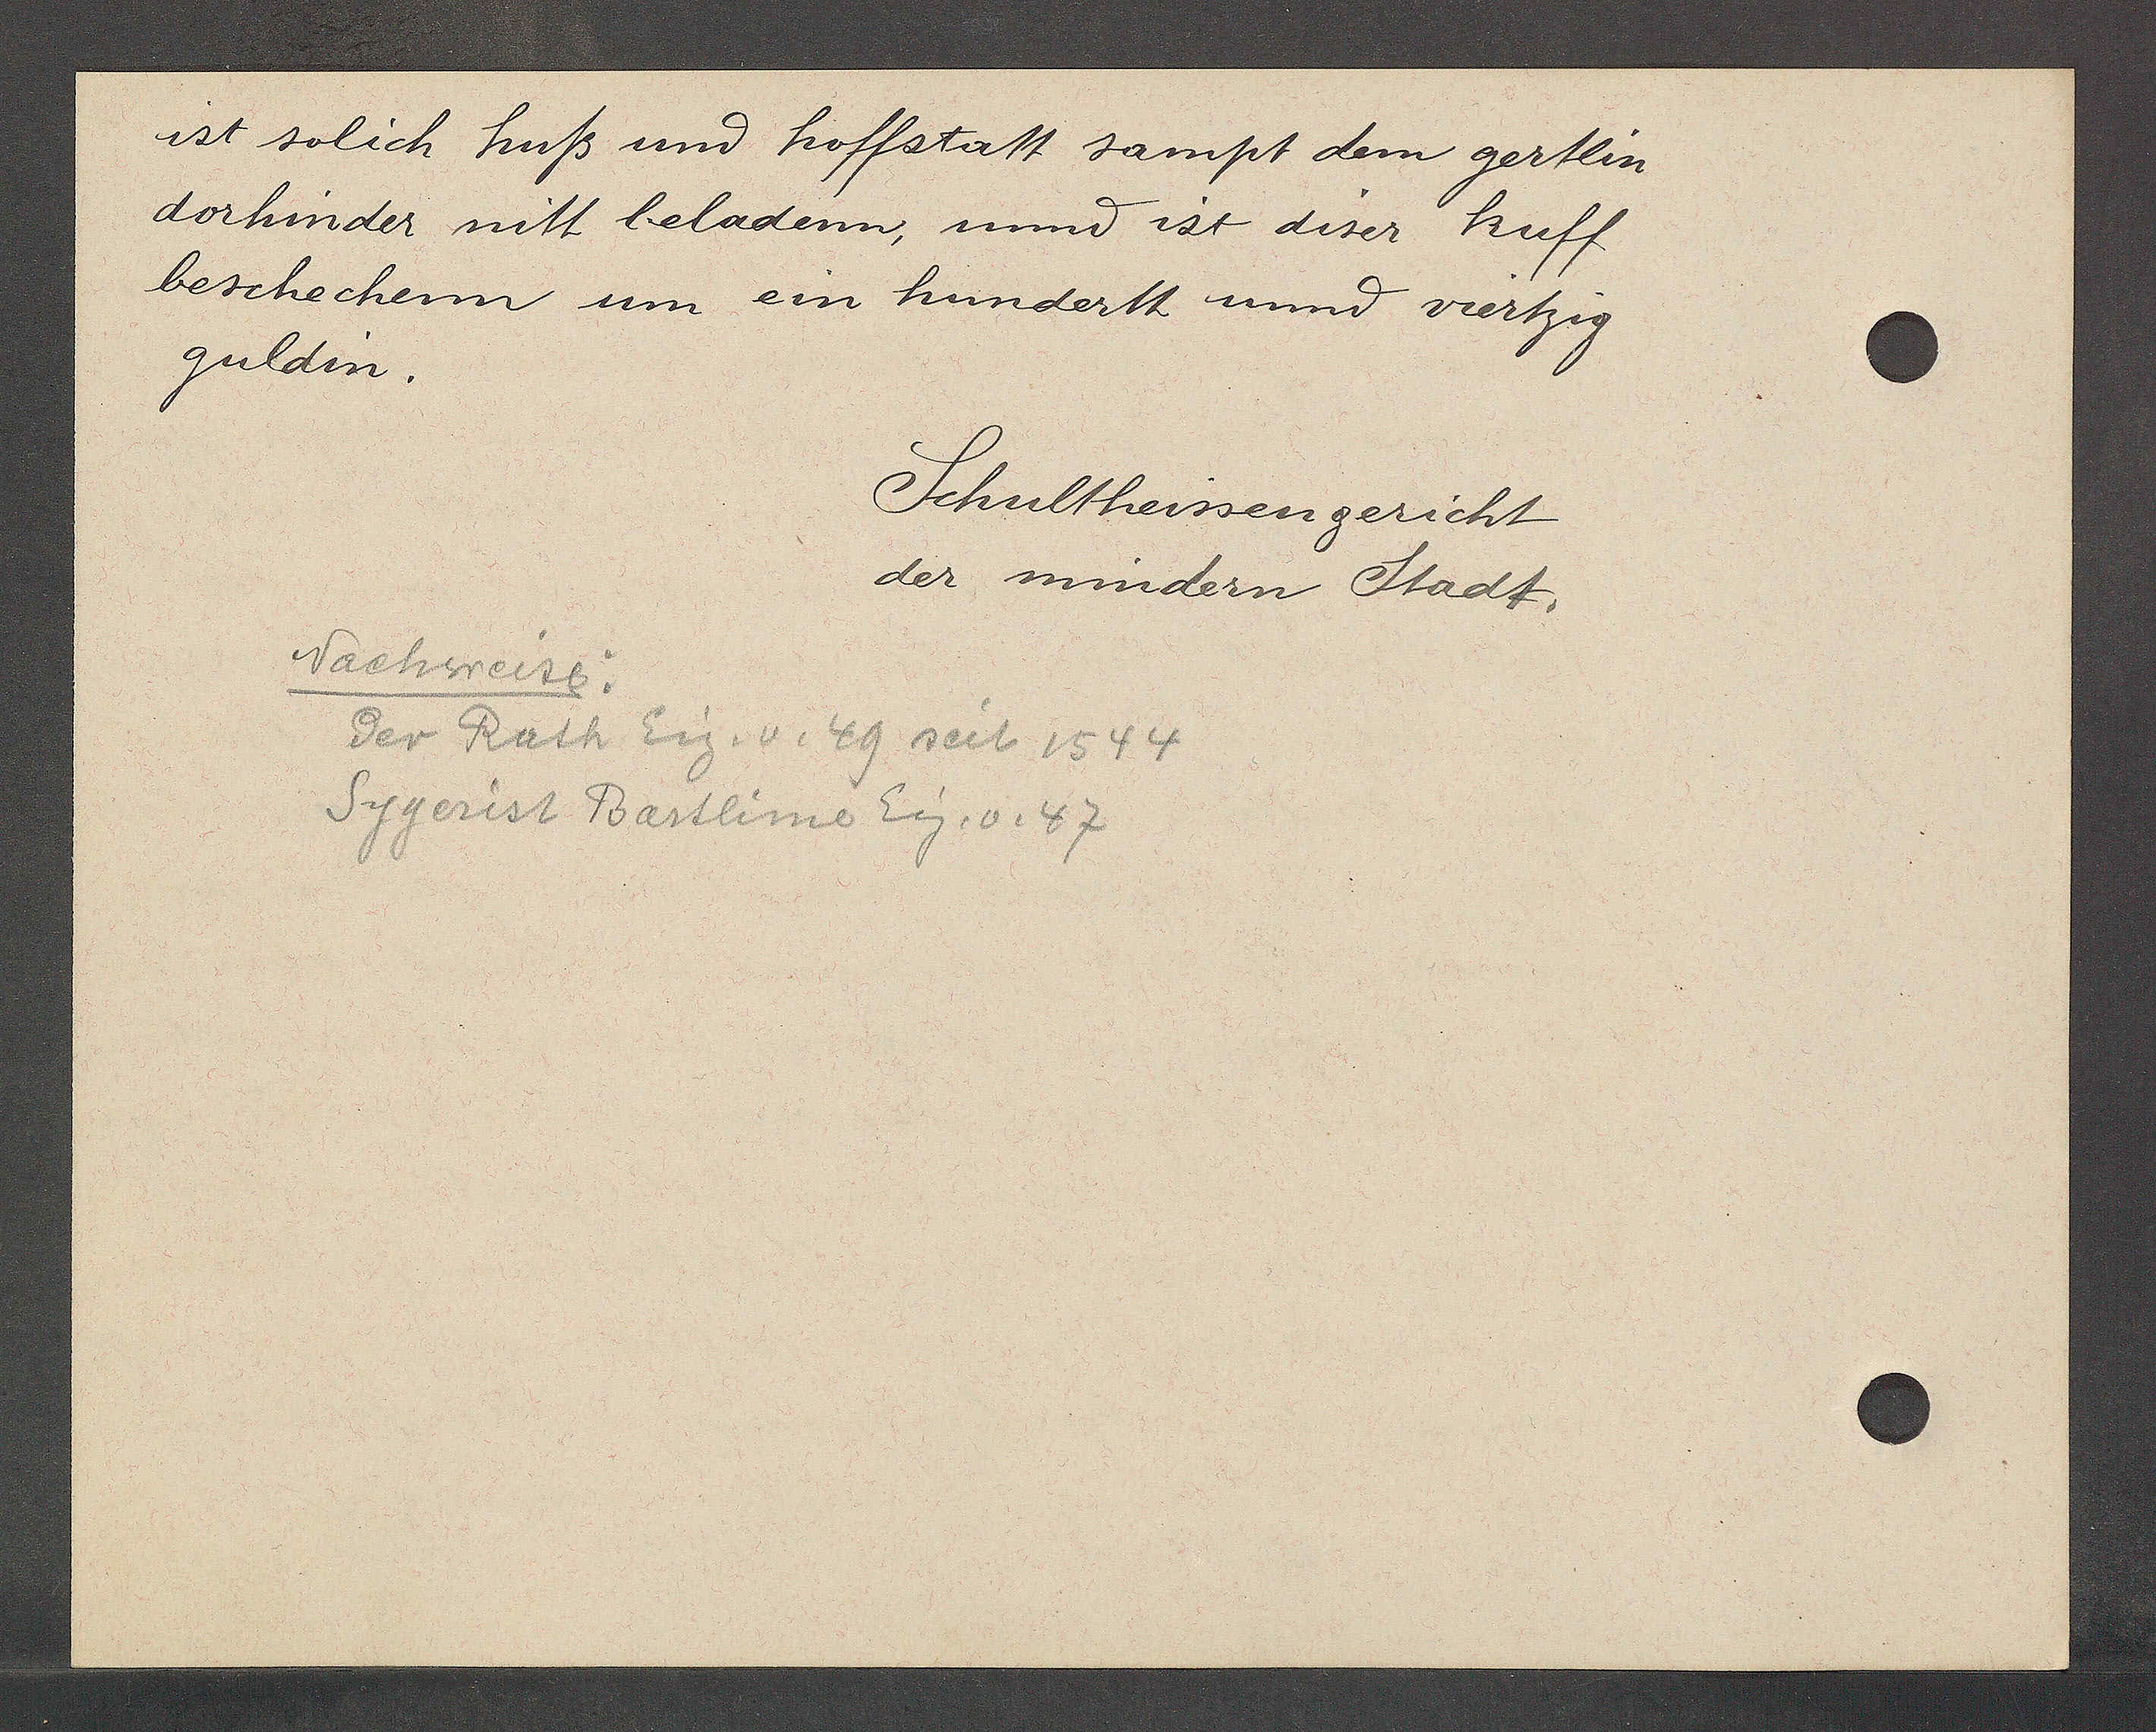
Transcript:
ist solich huß und hoffstatt sampt dem gertlin
dorhinder nitt beladenn, unnd ist diser kuff
beschechenn um ein hundertt und viertzig
guldin.

Schultheissengericht
der mindern Stadt.

Nachweise:
der Rath Eig. v. 49 seit 1544
Sygerist Bartlime Eig. v. 47